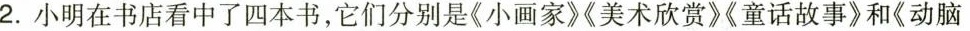
2.小明在书店看中了四本书，它们分别是《小画家》《美术欣赏》《童话故事》和《动脑